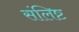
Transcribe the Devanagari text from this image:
संलिष्ट